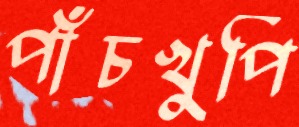
পাঁচখুপি